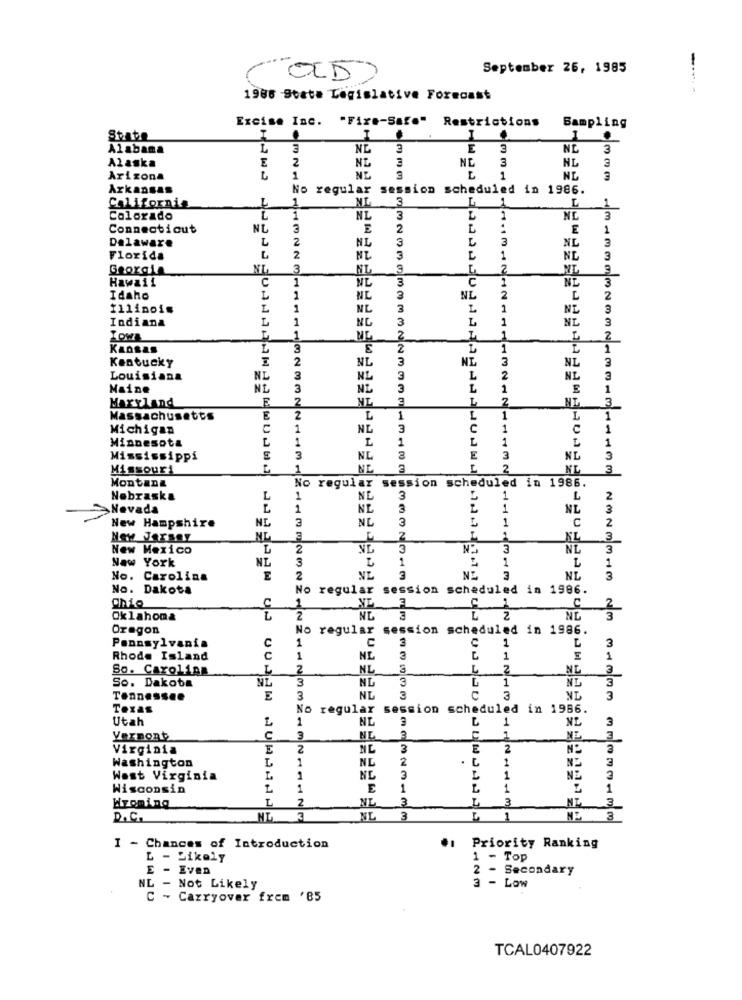
September 26, 1985
OLD)
-----
1986 State Legislative Forecast
Excise Inc.
"Fixe-Safe"
Restrictions
Sampling
State
1
Alabama
L
NL
3
E
3
NC
3
E
2
3
3
Alaska
NL
NE
NL
3
Arizona
1
NE
3
1
Arkansas
No regular session scheduled in 1986.
California
L
1
3
L
1
Colorado
L
1
NL
3
1
NL
3
Connecticut
NL
3
E
2
L
E
1
Delaware
L
2
NL
L
3
3
NL
3
Florida
L
2
NL
3
L
1
NL
3
Georgia
NL
3
NL
3
L
2
Hawaii
C
1
NL
C
NE
Idaho
L
1
NL
3
NL
2
Illinois
L
1
NL
3
L
1
3
Indiana
L
1
NL
3
L
1
3
LOWE
1
M4
2
L
Kansas
3
E
2
L
1
2
NL
3
NI
3
Kentucky
NL
Louisiana
NI
3
NL
3
L
2
NL
3
Maine
NE
3
3
L
Maryland
E
2
2
NT
Massachusetts
E
2
L
1
L
1
Michigan
1
NL
3
C
1
c
1
Minnesota
1
1
L
1
1
Mississippi
3
NL
E
3
NL
3
Missouri
L
1
NE
3
L
2
NL
3
Montana
No regular session scheduled in 1986.
Nebraska
L
1
NE
3
1
L
2
>Nevada
L
1
NL
3
1
NL
3
New Hampshire
NL
3
NL
3
1
2
C
New Jersey
2
3
New Mexico
L
2
3
3
NL
3
New York
NL
3
1
1
L
1
No. Carolina
E
2
NL
3
3
NL
3
No. Dakota
No regular session scheduled in 1986.
C
1
2
Oklahoma
2
NL
2
Oregon
No regular session scheduled in 1986.
Pennsylvania
1
C
3
C
1
L
3
Rhode Island
C
1
NL
3
1
1
So. Carolina
2
NL
NL
3
So. Dakota
NL
3
NL
NL
3
1
3
Tennessee
3
NL
3
C
NL
3
Texas
No regular
session scheduled in 1986.
Utah
L
1
3
1
NL
3
Vermont
C
3
ML
Virginia
2
NL
3
2
Washington
1
NL
2
.
1
NZ
3
West Virginia
1
NL
3
L
1
3
Wisconsin
1
E
1
1
1
Eizoming
L
2
NL
3
L
3
NL
3
D.C.
NL
3
L
1
3
I - Chances of Introduction
Priority Ranking
L - Likely
1 - Top
E - Even
2 - Secondary
NL - Not Likely
3 - Low
C - Carryover frem '85
TCAL0407922